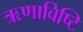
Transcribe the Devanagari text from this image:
ऋणाविष्टि